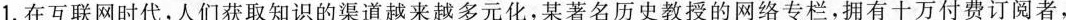
1.在互联网时代，人们获取知识的渠道越来越多元化，某著名历史教授的网络专栏，拥有十万付费订阅者，